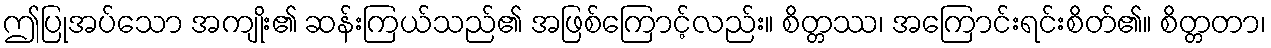
ဤပြုအပ်သော အကျိုး၏ ဆန်းကြယ်သည်၏ အဖြစ်ကြောင့်လည်း။ စိတ္တဿ၊ အကြောင်းရင်းစိတ်၏။ စိတ္တတာ၊